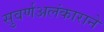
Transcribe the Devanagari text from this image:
सुवर्णअलंकाराने